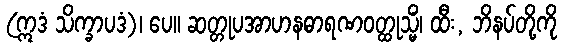
(ဣဒံ သိက္ခာပဒံ)၊ ပေ။ ဆတ္တုပအာဟနဓာရဏဝတ္ထုသ္မိံ၊ ထီး, ဘိနပ်တို့ကို